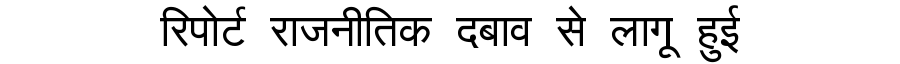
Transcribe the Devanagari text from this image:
रिपोर्ट राजनीतिक दबाव से लागू हुई